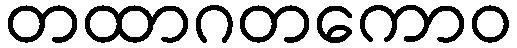
တထာဂတကောဝ